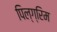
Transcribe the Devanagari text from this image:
पिल्ग्रिम